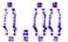
0.00